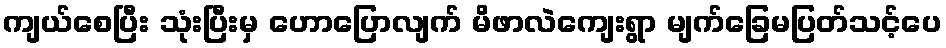
ကျယ်စေပြီး သုံးပြီးမှ ဟောပြောလျက် မိဖာလဲကျေးရွာ မျက်ခြေမပြတ်သင့်ပေ